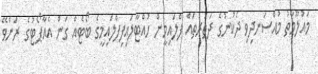
މައުލޫމާތު މުއްސަނދިވި ދެކުނުގެ ދަތުރުތައް ފްލައިމީން ހުއްޓާލައިފިފްލައިމީގެ ބޯޓެއް ގަން އެއާޕޯޓުގެ ރަންވޭ